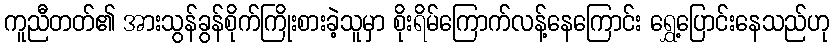
ကူညီတတ်၏ အားသွန်ခွန်စိုက်ကြိုးစားခဲ့သူမှာ စိုးရိမ်ကြောက်လန့်နေကြောင်း ရွှေ့ပြောင်းနေသည်ဟု